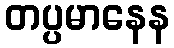
တပ္ပမာနေန